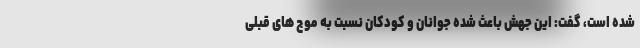
شده است، گفت: این جهش باعث شده جوانان و کودکان نسبت به موج های قبلی